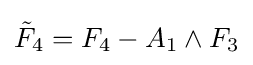
{\tilde {F}}_{4}=F_{4}-A_{1}\wedge F_{3}